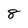
Character: 8